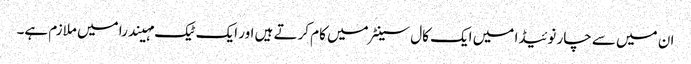
ان میں سے چار نوئیڈا میں ایک کال سینٹر میں کام کرتے ہیں اور ایک ٹیک مہیندرا میں ملازم ہے۔